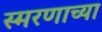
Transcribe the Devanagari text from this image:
स्मरणाच्या